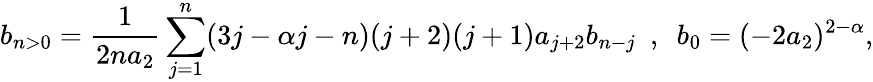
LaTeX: b_{n>0}=\frac{1}{2na_{2}}\sum_{j=1}^{n}(3j-\alpha j-n)(j+2)(j+1)a_{j+2}b_{n-j}~~,~~b_{0}=(-2a_{2})^{2-\alpha},